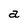
Character: a